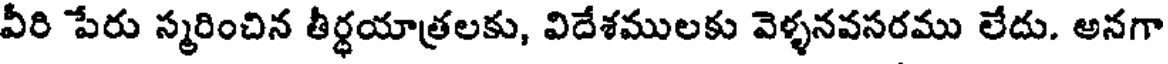
వీరి పేరు స్మరించిన తీర్థయాత్రలకు, విదేశములకు వెళ్ళనవసరము లేదు. అనగా